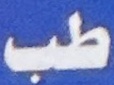
طب